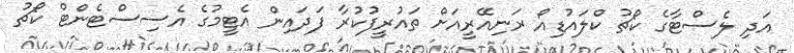
އަދި ލެސްޓާގެ ކޯޗު ކްލައުޑިއޯ ރަނިއޭރީއަށް ތައުރީފުކުރާ ފަދައިން އެޓީމުގެ އެސިސްޓެންޓް ކޯޗު